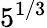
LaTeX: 5^{1/3}